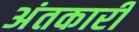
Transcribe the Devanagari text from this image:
अंतकारी